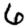
Digit: 6